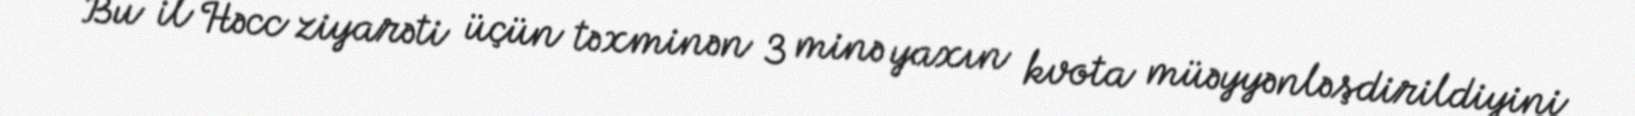
Bu il Həcc ziyarəti üçün təxminən 3 minə yaxın kvota müəyyənləşdirildiyini